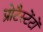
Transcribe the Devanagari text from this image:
प्रोटैस्टेंटों